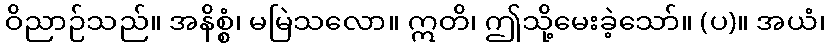
ဝိညာဉ်သည်။ အနိစ္စံ၊ မမြဲသလော။ ဣတိ၊ ဤသို့မေးခဲ့သော်။ (ပ)။ အယံ၊